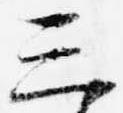
三